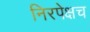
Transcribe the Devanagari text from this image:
निरपेक्षच